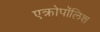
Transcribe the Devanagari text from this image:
एक्रोपॉलिश